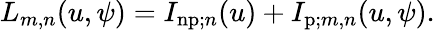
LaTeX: L_{m,n}(u,\psi)=I_{\mathrm{np};n}(u)+I_{\mathrm{p};m,n}(u,\psi).